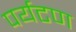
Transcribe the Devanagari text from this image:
पर्यटण